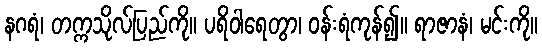
နဂရံ၊ တက္ကသိုလ်ပြည်ကို။ ပရိဝါရေတွာ၊ ဝန်းရံကုန်၍။ ရာဇာနံ၊ မင်းကို။